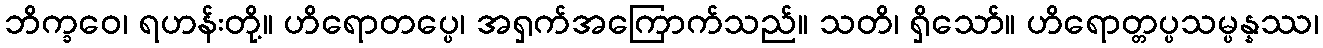
ဘိက္ခဝေ၊ ရဟန်းတို့။ ဟိရောတပ္ပေ၊ အရှက်အကြောက်သည်။ သတိ၊ ရှိသော်။ ဟိရောတ္တပ္ပသမ္ပန္နဿ၊